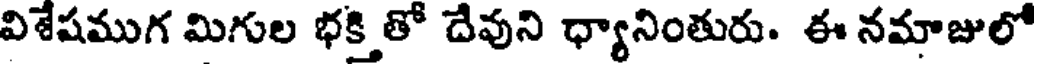
విశేషముగ మిగుల భక్తి తో దేవుని ధ్యానింతురు. ఈ నమాజులో